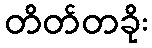
တိတ်တခိုး